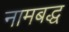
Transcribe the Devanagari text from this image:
नामबद्ध